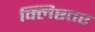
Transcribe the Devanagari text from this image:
क्लिष्टतर